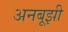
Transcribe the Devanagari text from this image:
अनबूझी